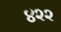
૪૨૨